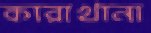
কারাখানা